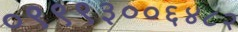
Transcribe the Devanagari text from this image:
०९९९३००६४८२